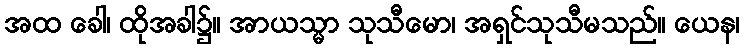
အထ ခေါ၊ ထိုအခါ၌။ အာယသ္မာ သုသီမော၊ အရှင်သုသီမသည်။ ယေန၊